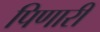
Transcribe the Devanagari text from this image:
पिणारी